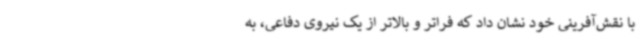
با نقش‌آفرینی خود نشان داد که فراتر و بالاتر از یک نیروی دفاعی، به